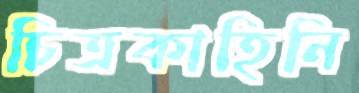
চিত্রকাহিনি